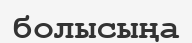
болысыңа